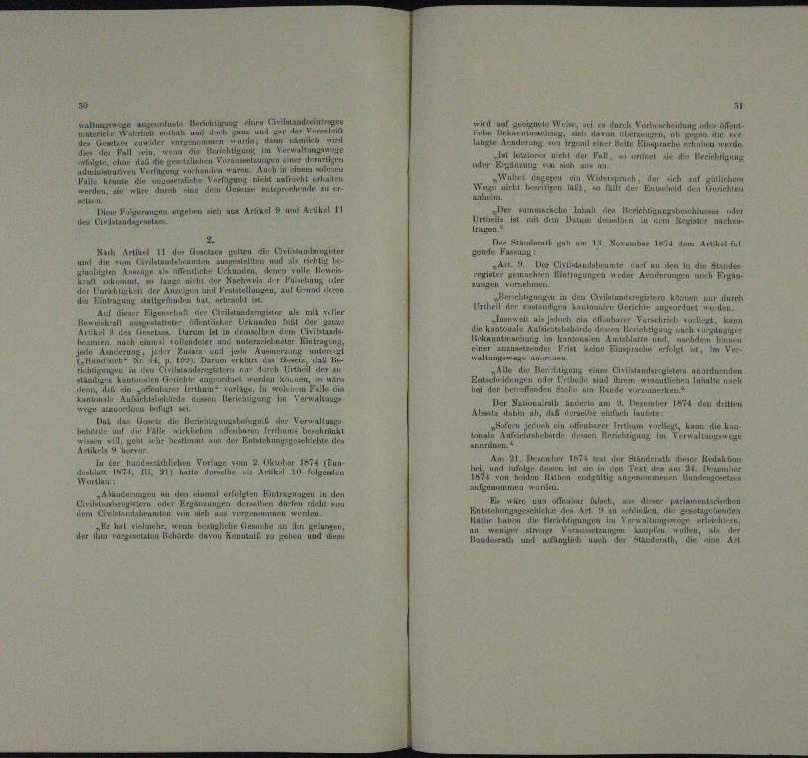
im Civilandsei
te Me

¬

n
u
n

e

.

                               Griest es und Brückel 11
mehr
h Artike II 1
n
n
n
u
n
i die

een, auf eine einen eine seine

te Einfügung enttgefunden hat,
rut der Plateine als

 Hegeta

Komete

e

seh wie

a
n
der Verwaltungs

.
t

 der einen
I. Sei ihr heuti
n
hunderschlich

u

a
Anderungen an den einmal er

e

Cirkli
.
n
Manche in an de
1er der Matern u. 1910.

tar Gu

n
n
a

rtes Weier a

E Stadt-
Furch Vorh
m
 Arnderung zu

 ncht der Fall, et le der Errichtigung
nder E
4

u
ummar

e
 uh um 1 S. 14 dem Arthorfal

Art. 4. Der Claudatum un
une an der
macher Einigung weder
.
n
e
n in den Erinneren nur hurer
Urtheil der einländigen saulanten Gerichte
unweil als jedoch ein erthur Verschrieb
at, kann
uheirate
de drei Bericht
A
u
un

.
lle die Burgung eine Erstandeltern nur
.

Der Art er am 21. Dezember 1874 in drillen
Ab
Einfar
e
u
deten eine neuen in

male Antwirkunde dreien ersichtigung
me
 21. November 1874 mit der St
il desser Redakten
een, un
.

und
ebenen eine
de parlamun
warn un
mer dies

u
.